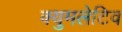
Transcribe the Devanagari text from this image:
क्युमलेटिव